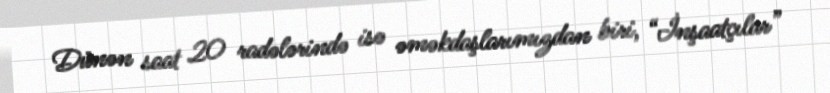
Dünən saat 20 radələrində isə əməkdaşlarımızdan biri, “İnşaatçılar”